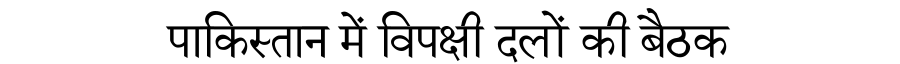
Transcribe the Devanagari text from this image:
पाकिस्तान में विपक्षी दलों की बैठक